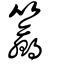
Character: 籝